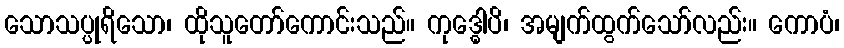
သောသပ္ပုရိသော၊ ထိုသူတော်ကောင်းသည်။ ကုဒ္ဓေါပိ၊ အမျက်ထွက်သော်လည်း။ ကောပံ၊